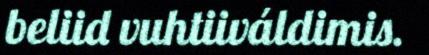
beliid vuhtiiváldimis.